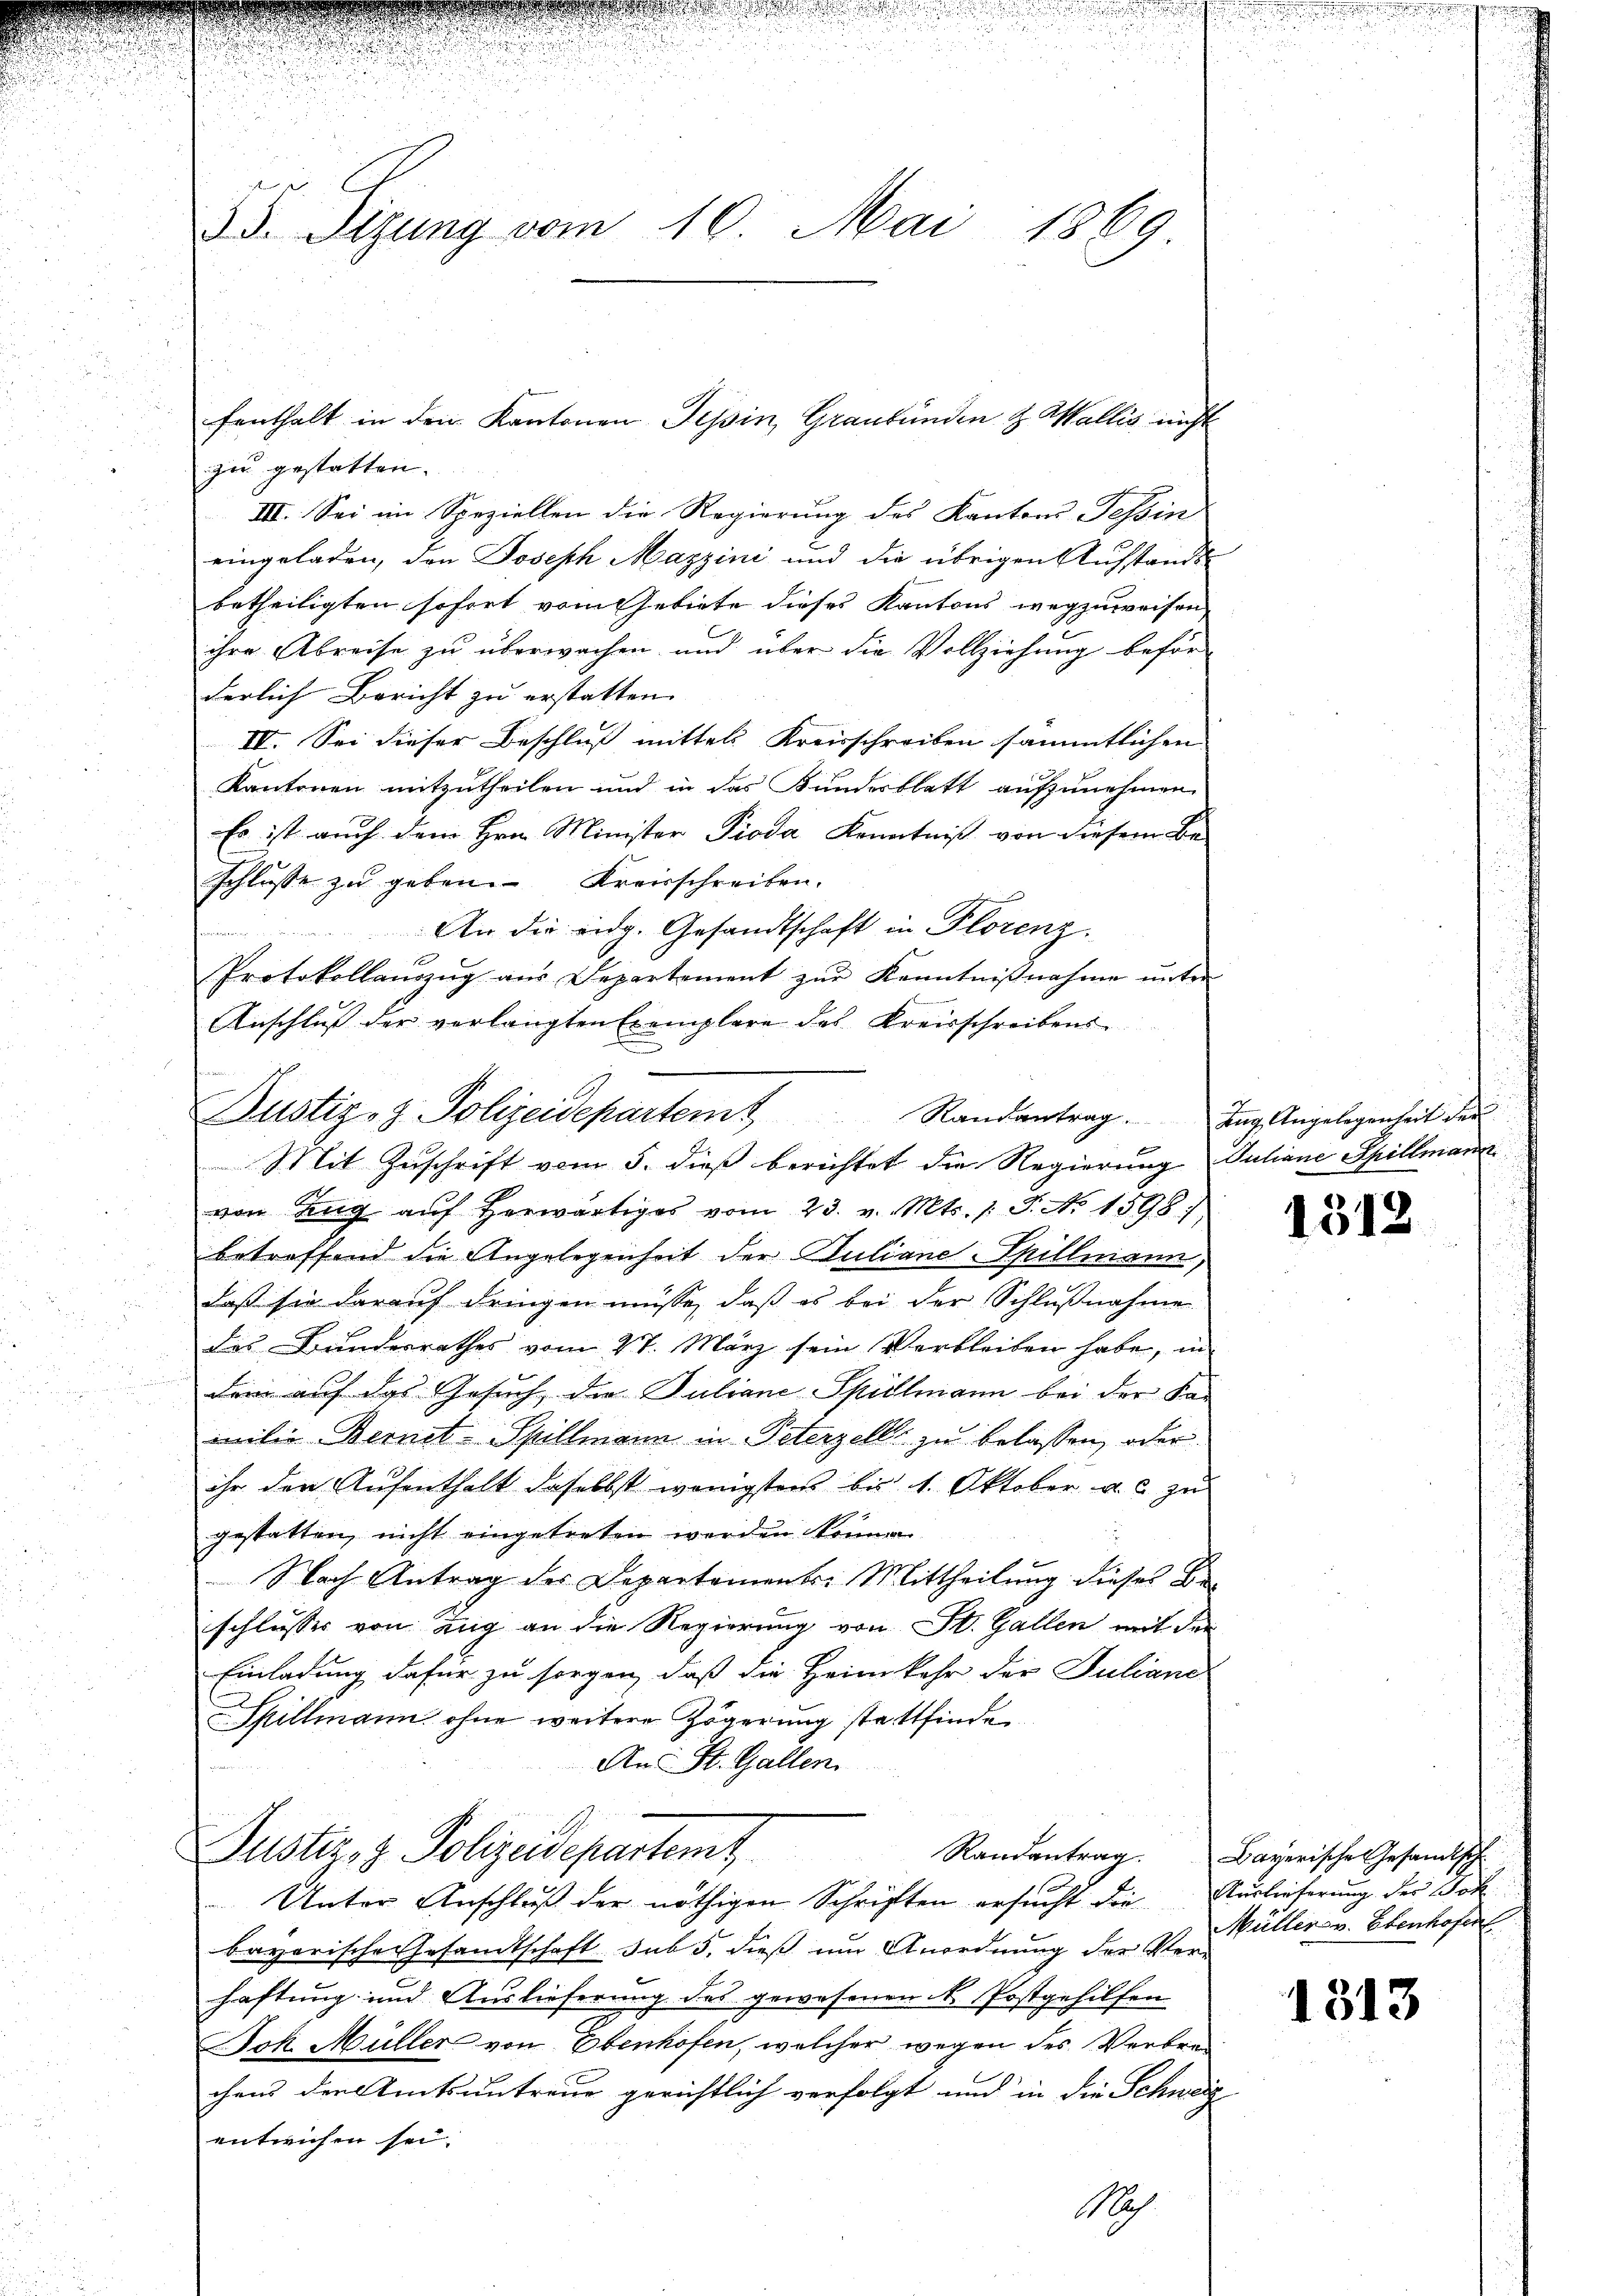
n
35. Sizung vom 10. Mai 1869

zu gestatten. |
III. Sei im Speziellen die Regierung des Kantons Tessin
eingeladen, den Joseph Mazzini und die übrigen Aufstandsbetheiligten sofort vom Gebiete dieses Kantons wegzuweisen
ihre Abreise zu überwachen und über die Vollziehung beförderlich Bericht zu erstatten.
IV. Sei dieser Beschluß mittels Kreisschreiben sämmtlichen
Kantonen mitzutheilen und in das Kundesblatt aufzunehmen,
Es ist auch dem Hrn. Minister Pioda Kenntniß von diesem Be-
schlusse zu geben. Kreisschreiben.
An die eidg. Gesandtschaft in Florenz.
Protokollanzŭg aŭs Departement zŭr Kenntniβnahme ŭnter
Anschluß der verlangten Exemplare des Kreisschreibens
Justiz- & Polizeidepartem Randantrag. Ing. Angelegenheit der
Mit Zuschrift vom 5. dieß berichtet die Regierung Juliane Spillmann
von Zŭg aŭf herwärtiges vom 23. v. Mts. 1 S. No 1598),
betreffend die Angelegenheit der Juliane Spillmann,
daß sie darauf dringen müsse, daß es bei der Schlußnahme
das Bunderrathes vom 27. März sein Verbleiben habe, in
dem auf das Gesuch, die Juliane Spillmann bei der Kan
milie Bernet-Spillmann in Peterzell zu belassen, oder
ihr der Aufenthalt daselbst wenigsten bis 1. Oktober als zu
gestatten, nicht eingetreten werden können.
Nach Antrag des Departements-Mittheilung dieses Be
schlusses von Zug an die Regierung von St. Gallen mit der
Einladung dafür zu sorgen, daß die Heimkehr der Juliand
Spillmann ohne weitere Zögerung stattfinden
An St. Gallen.

fenthalt in den Kantonen Tessin, Graubünden & Wallis nicht

Justiz- & Polizeidepartemt
Unter Anschluß der nöthigen Schriften ersucht die Auslieferung der Böh

bayerische Gesandtschaft sub 5. dieß um Anordnung der Ver-
haftung und Auslieferung des gewesenen N. Postgehilfen
Jok. Müller von Ebenhofen, welcher wegen des Verbrechens der Amtsantreue gerichtlich verfolgt und in die Schweiz
entwichen sei.
Moh

1312

Randantrag. Bayerische Gesandtsch
Müller v. Ebenhofer

1313